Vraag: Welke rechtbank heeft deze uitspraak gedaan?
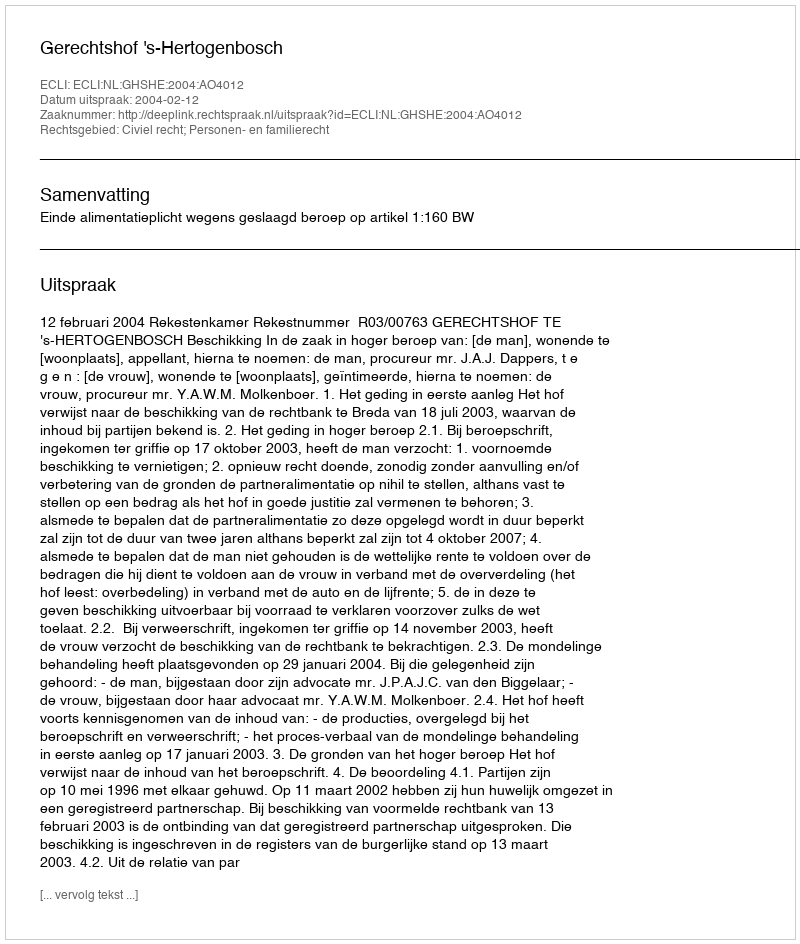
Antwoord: Gerechtshof 's-Hertogenbosch